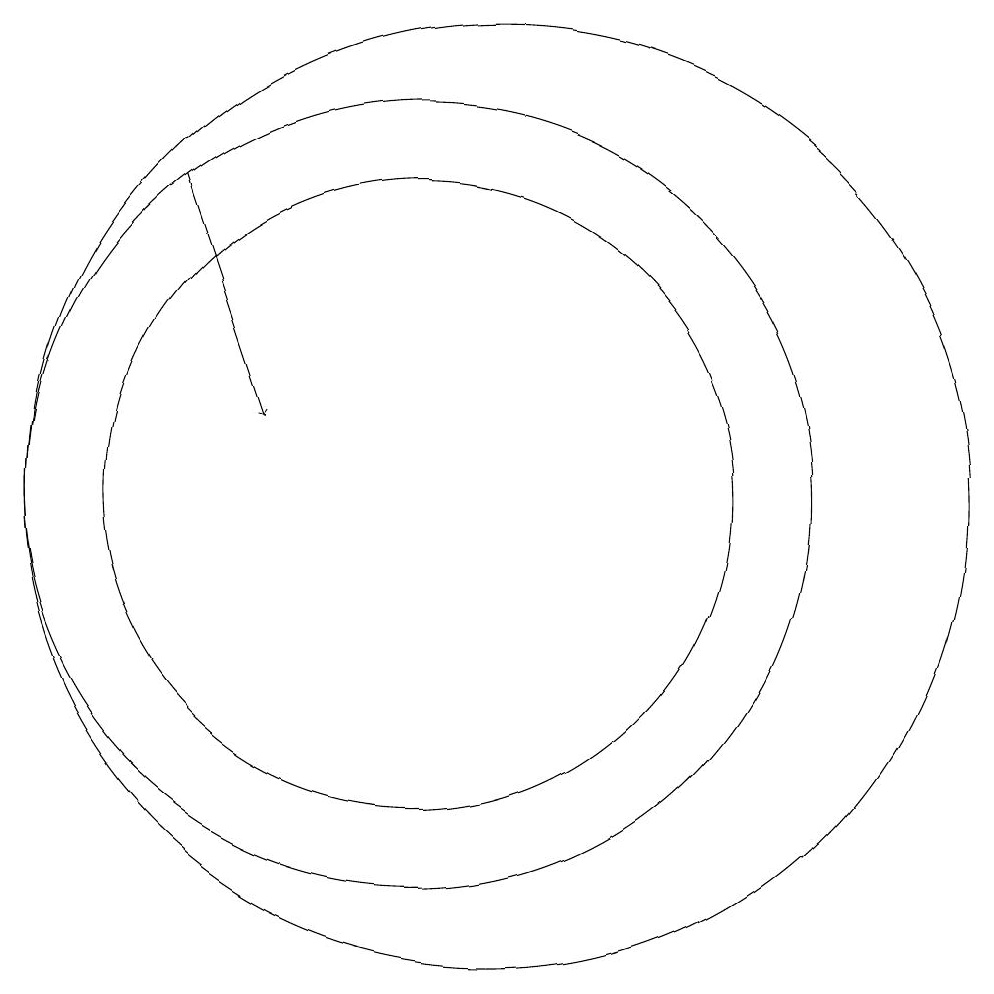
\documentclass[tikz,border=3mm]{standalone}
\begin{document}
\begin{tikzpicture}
\draw (11,10) circle (5);
\draw[->] (8,14) -- (9,11);
\draw (11,10) circle (4);
\draw (12,10) circle (6);
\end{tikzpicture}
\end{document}